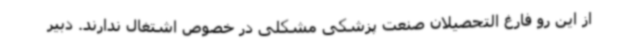
از این رو فارغ التحصیلان صنعت پزشکی مشکلی در خصوص اشتغال ندارند. دبیر